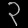
Digit: ၃